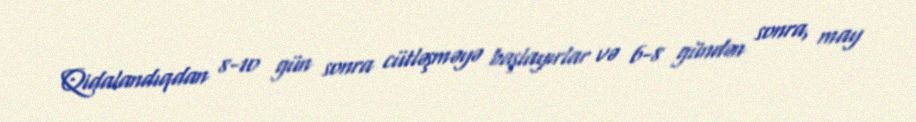
Qidalandıqdan 8-10 gün sonra cütləşməyə başlayırlar və 6-8 gündən sonra, may